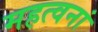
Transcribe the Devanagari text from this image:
महत्वनां